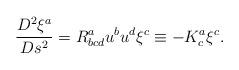
LaTeX: \begin{align*}\frac{D^{2}\xi ^{a}}{Ds^{2}}=R_{bcd}^{a}u^{b}u^{d}\xi ^{c}\equiv-K_{c}^{a}\xi ^{c}. \end{align*}